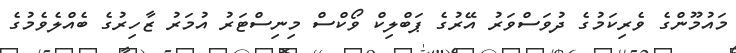
މައުމޫންގެ ވެރިކަމުގެ ދުވަސްވަރު އޭރުގެ ޕަބްލިކް ވޯކްސް މިނިސްޓަރު އުމަރު ޒާހިރުގެ ބެއްލެވެމުގެ